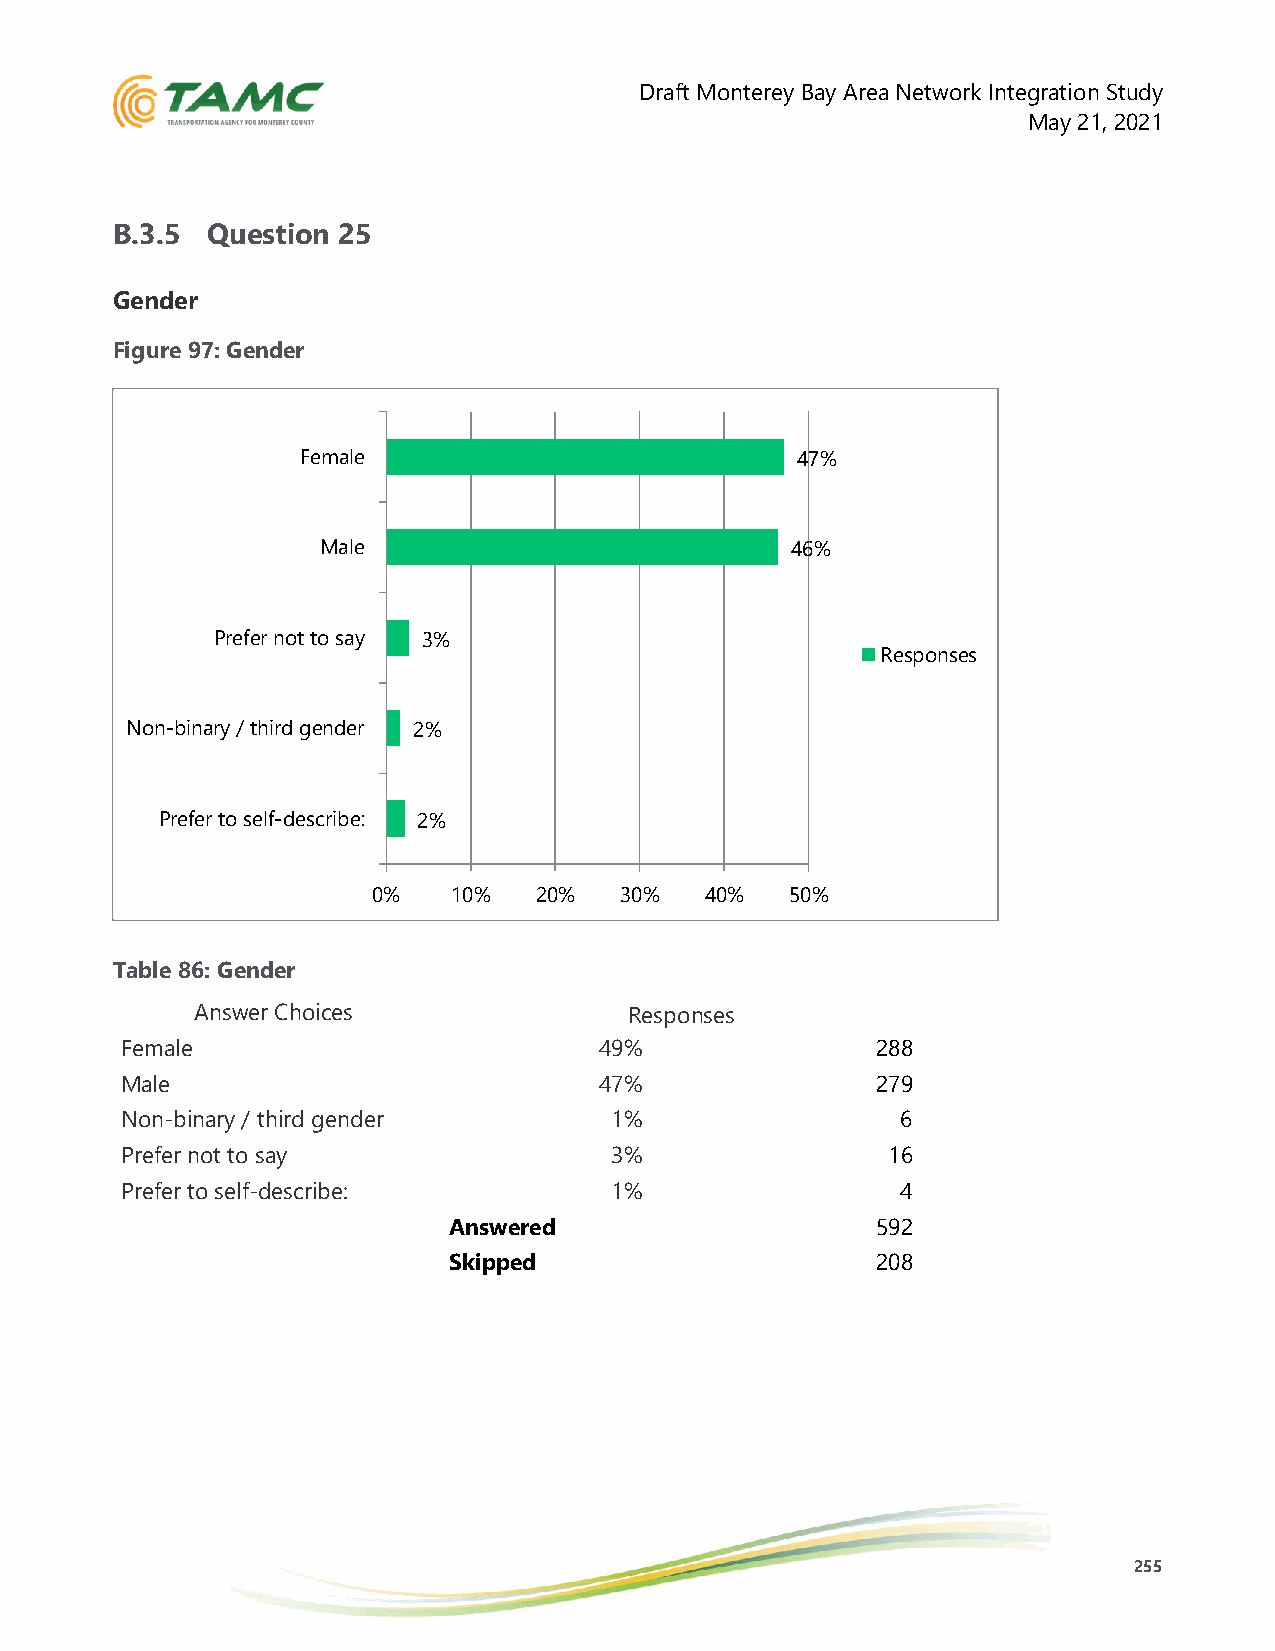
Draft Monterey Bay Area Network Integration Study
 May 21, 2021
 B.3.5  Question 25
 Gender
 Figure 97: Gender
 Female                           47%
 Male                           46%
 Prefer not to say 3%
 Responses
 Non-binary / third gender 2%
 Prefer to self-describe: 2%
 0%   10%  20%   30%   40%  50%
 Table 86: Gender
 Answer Choices               Responses
 Female                          49%               288
 Male                            47%               279
 Non-binary / third gender       1%                  6
 Prefer not to say               3%                 16
 Prefer to self-describe:        1%                  4
 Answered                    592
 Skipped                     208
 255